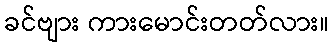
ခင်ဗျား ကားမောင်းတတ်လား။